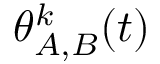
\theta _ { A , B } ^ { k } ( t )